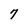
Character: 7